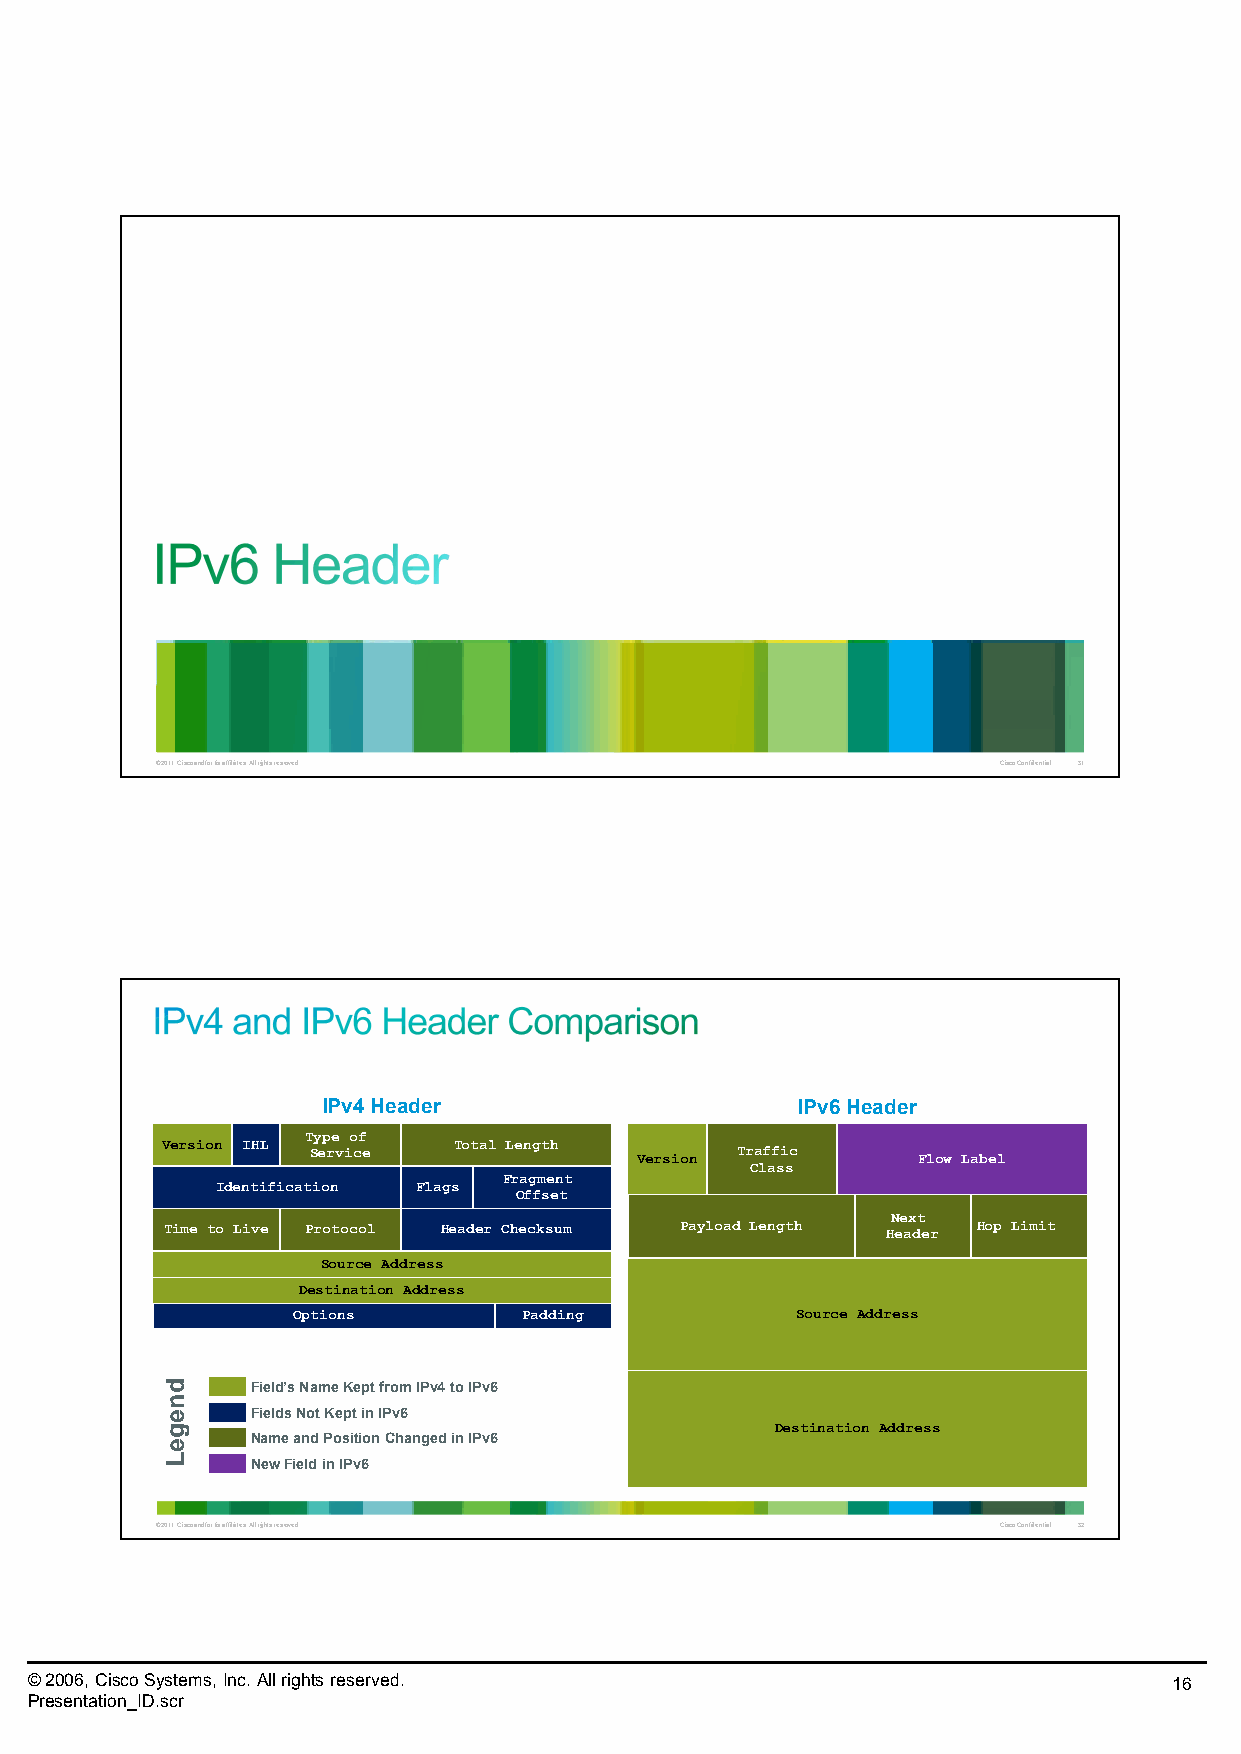
© 2011 Cisco and/or its affiliates. All rights reserved. Cisco Confidential 31
 IPv4 Header                     IPv6 Header
 Type of
 Version IHL Service Total Length Version Traffic  Flow Label
 Class
 Fragment
 Identification Flags
 Offset
 Next
 Time to Live Protocol Header Checksum Payload Length Header Hop Limit
 Source Address
 Destination Address
 Options         Padding           Source Address
 Field’s Name Kept from IPv4 to IPv6
 Fields Not Kept in IPv6
 Destination Address
 Name and Position Changed in IPv6
 New Field in IPv6
 © 2011 Cisco and/or its affiliates. All rights reserved. Cisco Confidential 32
 © 2006, Cisco Systems, Inc. All rights reserved.                            16
 Presentation_ID.scr
 dnegeL